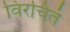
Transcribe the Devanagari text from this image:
विरचितं